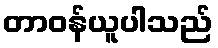
တာဝန်ယူပါသည်